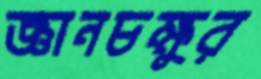
জ্ঞানচক্ষুর